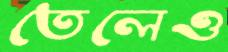
তেলেও